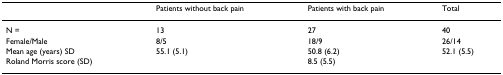
<table><thead><tr><td></td><td><b>Patients without back pain</b></td><td><b>Patients with back pain</b></td><td><b>Total</b></td></tr></thead><tbody><tr><td>N =</td><td>13</td><td>27</td><td>40</td></tr><tr><td>Female/Male</td><td>8/5</td><td>18/9</td><td>26/14</td></tr><tr><td>Mean age (years) SD</td><td>55.1 (5.1)</td><td>50.8 (6.2)</td><td>52.1 (5.5)</td></tr><tr><td>Roland Morris score (SD)</td><td></td><td>8.5 (5.5)</td><td></td></tr></tbody></table>